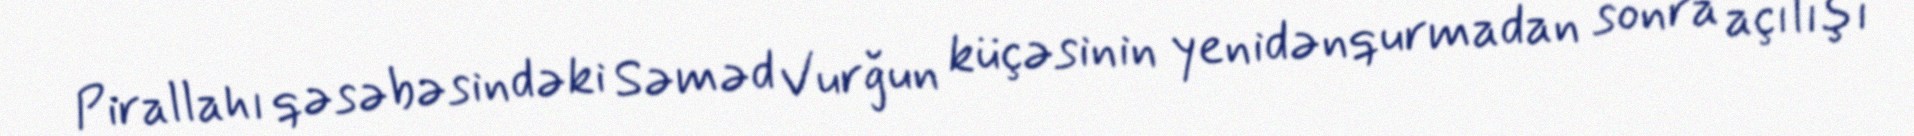
Pirallahı qəsəbəsindəki Səməd Vurğun küçəsinin yenidənqurmadan sonra açılışı